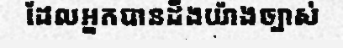
ដែលអ្នកបានដឹងយ៉ាងច្បាស់